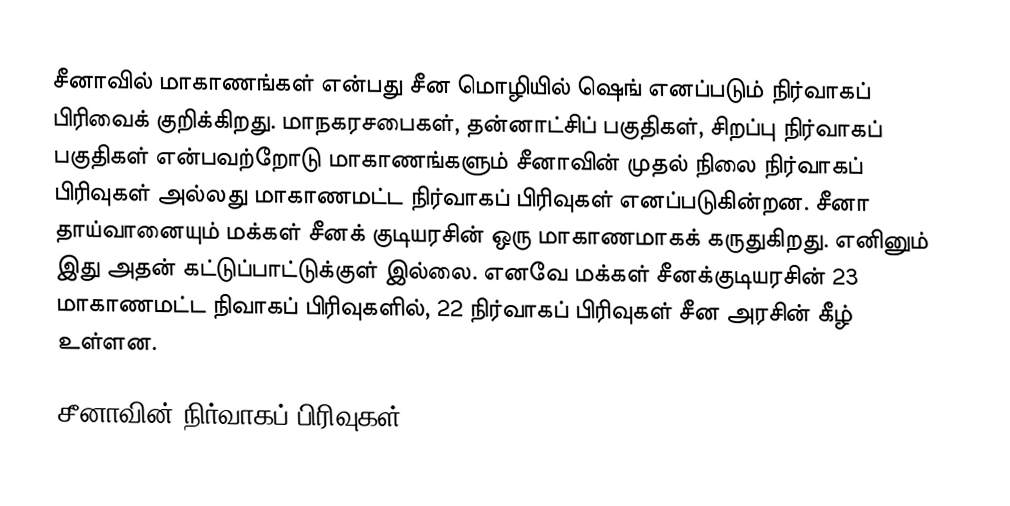
சீனாவில் மாகாணங்கள் என்பது சீன மொழியில் ஷெங் எனப்படும் நிர்வாகப் பிரிவைக் குறிக்கிறது. மாநகரசபைகள், தன்னாட்சிப் பகுதிகள், சிறப்பு நிர்வாகப் பகுதிகள் என்பவற்றோடு மாகாணங்களும் சீனாவின் முதல் நிலை நிர்வாகப் பிரிவுகள் அல்லது மாகாணமட்ட நிர்வாகப் பிரிவுகள் எனப்படுகின்றன. சீனா தாய்வானையும் மக்கள் சீனக் குடியரசின் ஒரு மாகாணமாகக் கருதுகிறது. எனினும் இது அதன் கட்டுப்பாட்டுக்குள் இல்லை. எனவே மக்கள் சீனக்குடியரசின் 23 மாகாணமட்ட நிவாகப் பிரிவுகளில், 22 நிர்வாகப் பிரிவுகள் சீன அரசின் கீழ் உள்ளன.

சீனாவின் நிர்வாகப் பிரிவுகள்